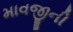
માવજીની